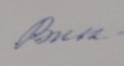
Signature authenticity: forged